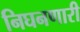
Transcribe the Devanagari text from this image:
निघनणारी